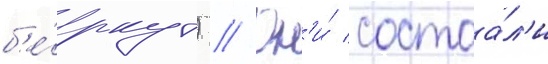
б'е́ркут) // Он'и́ состоа́л'и